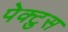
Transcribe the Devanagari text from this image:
पेक्टुस